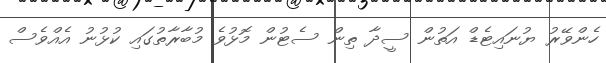
ހެންވޭރު ޔުނައިޓެޑް އަތުން ސީދާ ތިން ސެޓުން މޮޅުވެ މުބާރާތުގައި ކުޅުނު އެއްވެސް